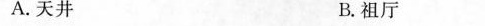
A.天井 B.祖厅